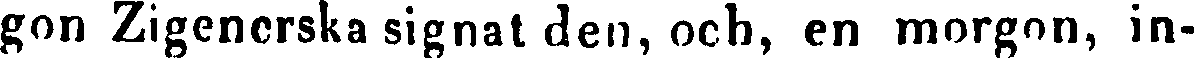
gon Zigenerska signat den, och, en morgon, in-